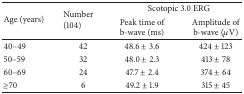
<table><thead><tr><td rowspan="2"><b>Age (years)</b></td><td rowspan="2"><b>Number (104)</b></td><td colspan="2"><b>Scotopic 3.0 ERG</b></td></tr><tr><td><b>Peak time of b-wave (ms)</b></td><td><b>Amplitude of b-wave (<i>μ</i>V)</b></td></tr></thead><tbody><tr><td>40–49</td><td>42</td><td>48.6 ± 3.6</td><td>424 ± 123</td></tr><tr><td>50–59</td><td>32</td><td>48.0 ± 2.3</td><td>413 ± 78</td></tr><tr><td>60–69</td><td>24</td><td>47.7 ± 2.4</td><td>374 ± 64</td></tr><tr><td>≥70</td><td>6</td><td>49.2 ± 1.9</td><td>315 ± 45</td></tr></tbody></table>